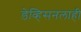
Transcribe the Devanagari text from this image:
डेव्हिसनलाही